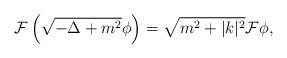
LaTeX: \begin{align*}\mathcal{F} \left(\sqrt{-\Delta + m^2} \phi\right) = \sqrt{m^2+|k|^2} \mathcal{F}\phi,\end{align*}